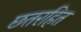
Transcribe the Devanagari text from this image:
छतरहित